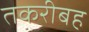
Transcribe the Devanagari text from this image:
तकरीबह